Vaccination North-Western Provinces and Oudh 1878-1895 - 1878-1895
Year: 1878
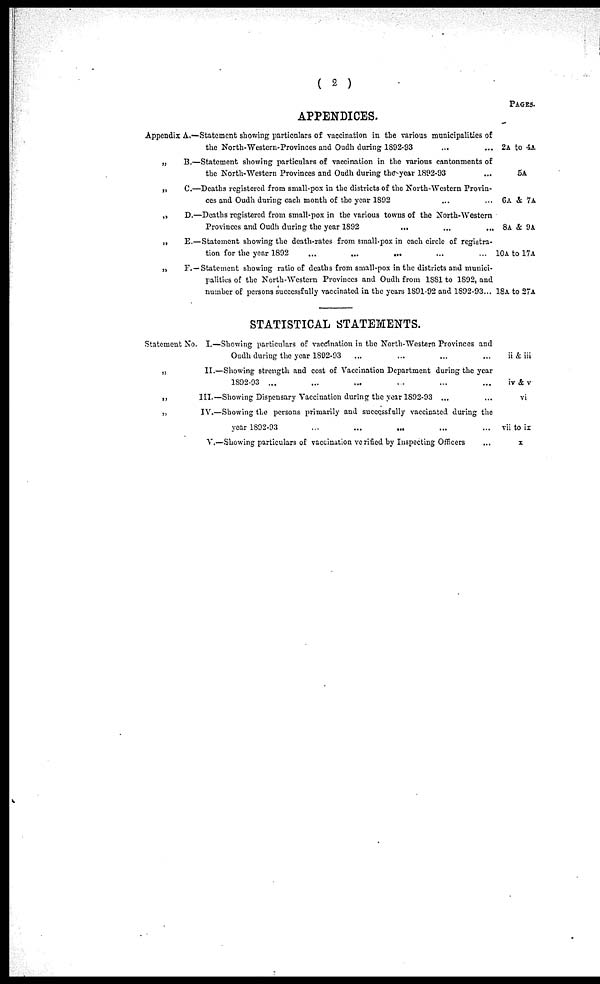
( 2 )
APPENDICES.
Appendix A.—-Statement showing particulars of vaccination in the various municipalities of
the North-Western-Provinces and Oudh during 1892-93 ... ...
„
B.—Statement showing particulars of vaccination in the various cantonments of
the North-Western Provinces and Oudh during the year 1892-93 ...
„
C.—Deaths registered from small-pox in the districts of the North-Western Provin-
ces and Oudh during each month of the year 1892 ... ...
„
D.—Deaths registered from small-pox in the various towns of the North-Western
Provinces and Oudh during the year 1892 ... ... ...
„
E.—Statement showing the death-rates from small-pox in each circle of registra-
tion for the year 1892
...
... ... ... ...
„
F. —Statement showing ratio of deaths from small-pox in the districts and munici-
palities of the North-Western Provinces and Oudh from 1881 to 1892, and
number of persons successfully vaccinated in the years 1891-92 and 1892-93 ...
PAGES.
2A to 4A
5A
6A & 7a
8A & 9A
10A to 17A
18A to 27A
Statement No.
„
„
„
STATISTICAL STATEMENTS.
I. —Showing particulars of vaccination in the North-Wcstem Provinces and
Oudh duriug the year 1802-93
II. —Showing strength and cost of Vaccination Department during the year
1S92-93 ...
III. —Showing Dispensary Vaccination during the year 1892-93 ...
IV.—Showing the persons primarily and successfully vaccinated during the
year 1892-93
V. —Showing particulars of vaccination verified by Inspecting Officers
ii & iii
iv & v
vi
vii to ix
x